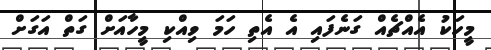
މީހަކު އެއްޗެއް ގަނެފައި އެ އެތި ހަމަ ވިއްކި މީހާއަށް ގަތް އަގަށް